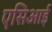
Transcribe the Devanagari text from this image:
एसिआई